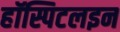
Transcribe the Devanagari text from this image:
हॉस्पिटलइन